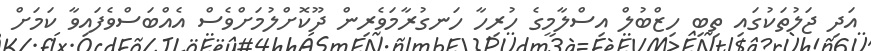
އަދި ޖަލުތަކުގައި ތިބި ހިޒްބުލް އިސްލާމީގެ ހުރިހާ ހަނގުރާމަވެރިން ދޫކޮށްލުމަށްވެސް އެއްބަސްވެފައިވާ ކަމަށް